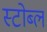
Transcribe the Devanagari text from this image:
स्टोब्ल